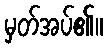
မှတ်အပ်၏။